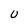
Character: U